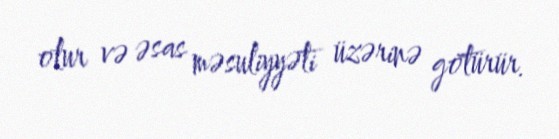
olur və əsas məsuliyyəti üzərinə götürür.